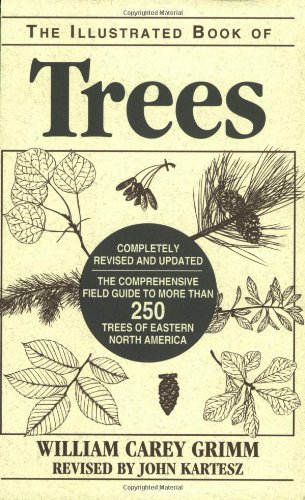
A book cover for Illustrated Book of Trees: The Comprehensive Field Guide to More than 250 Trees of Eastern North America, Revised Edition; William Carey Grimm; Science & Math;